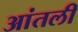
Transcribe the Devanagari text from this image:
आंतली